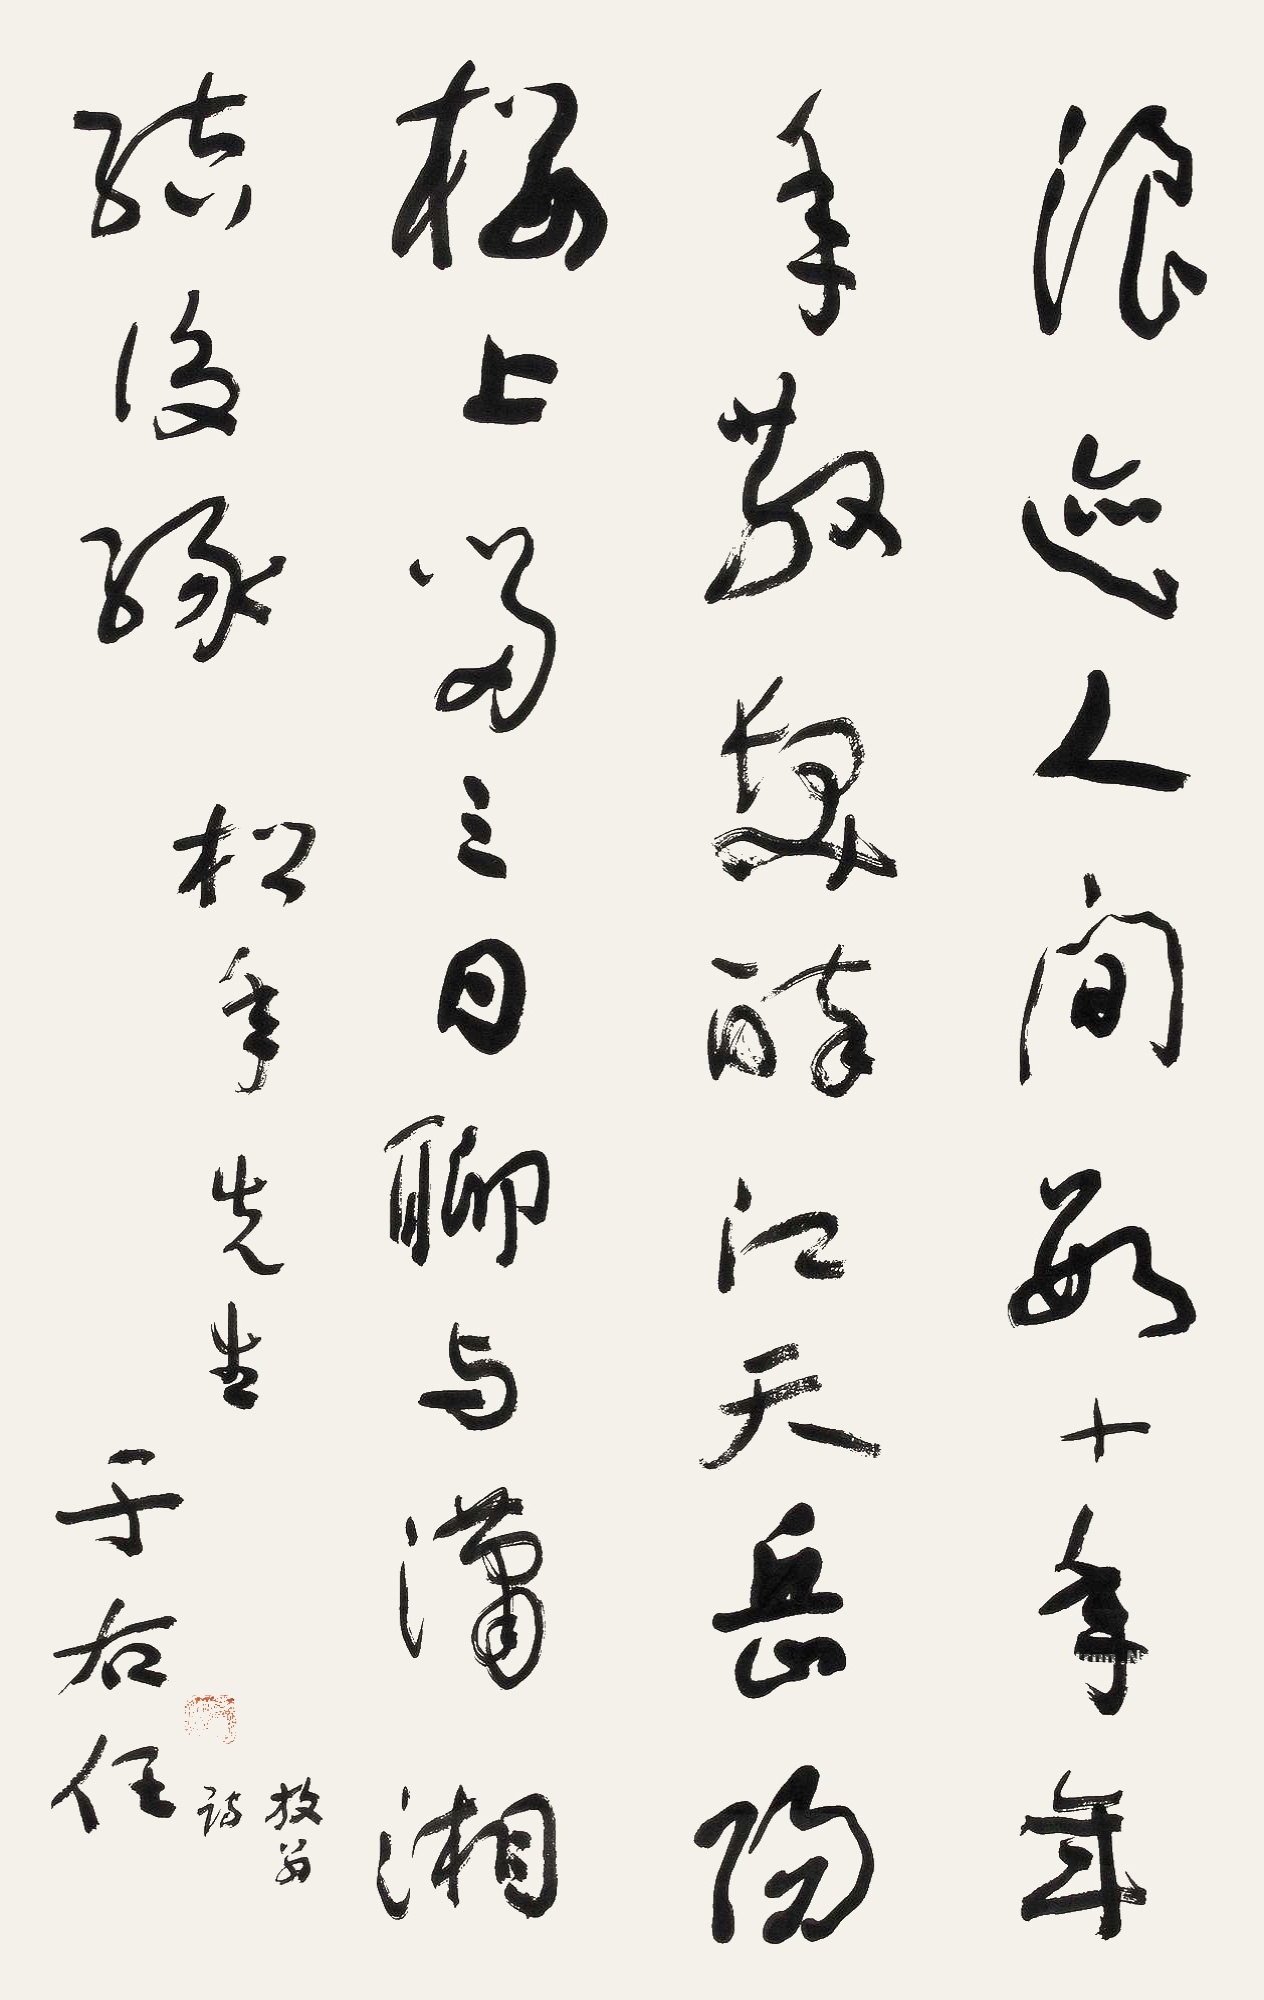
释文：浪迹人间数十年，年年散发醉江天。岳阳楼上留三日，聊与潇湘结后缘。松年先生。放翁诗，于右任。